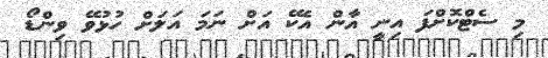
މި ސެޓްކޮށްފަ އިނީ އާން އެކޭ އަށް ނަމަ އަލަށް ހުޅުވޭ ވިންޑޯ